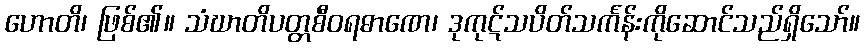
ဟောတိ၊ ဖြစ်၏။ သံဃာတိပတ္တစီဝရဓာဏေ၊ ဒုကုဋ်သပိတ်သင်္ကန်းကိုဆောင်သည်ရှိသော်။